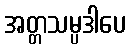
အတ္တသမ္ပဒါပေ